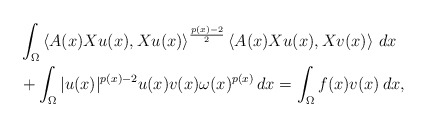
\begin{align*}& \int_{\Omega }\left\langle A(x)Xu(x),Xu(x)\right\rangle ^{\frac{p(x)-2}{2}}\left\langle A(x)Xu(x),Xv(x)\right\rangle \,dx \\& +\int_{\Omega }|u(x)|^{p(x)-2}u(x)v(x)\omega(x)^{p(x)}\,dx=\int_{\Omega }f(x)v(x)\,dx, \end{align*}